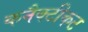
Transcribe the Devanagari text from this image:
कनैक्टीकट